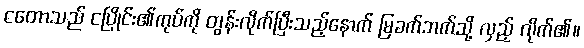
ငတောသည် ငပြိုင်း၏ကုပ်ကို တွန်းလိုက်ပြီးသည့်နောက် မြခက်ဘက်သို့ လှည့် လိုက်၏။